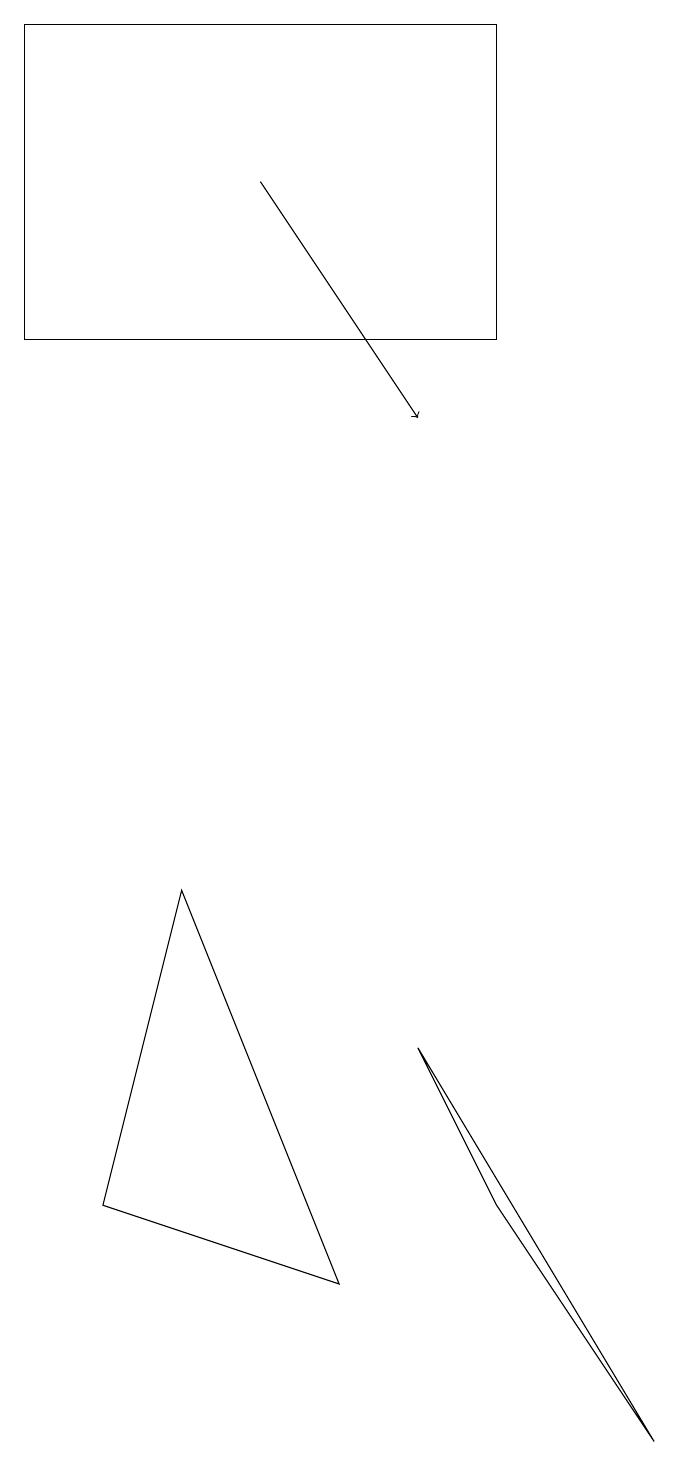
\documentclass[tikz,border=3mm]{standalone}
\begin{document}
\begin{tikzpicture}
\draw (1,14) rectangle (7,18);
\draw[->] (4,16) -- (6,13);
\draw (2,3) -- (3,7) -- (5,2) -- cycle;
\draw (7,3) -- (6,5) -- (9,0) -- cycle;
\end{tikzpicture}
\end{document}